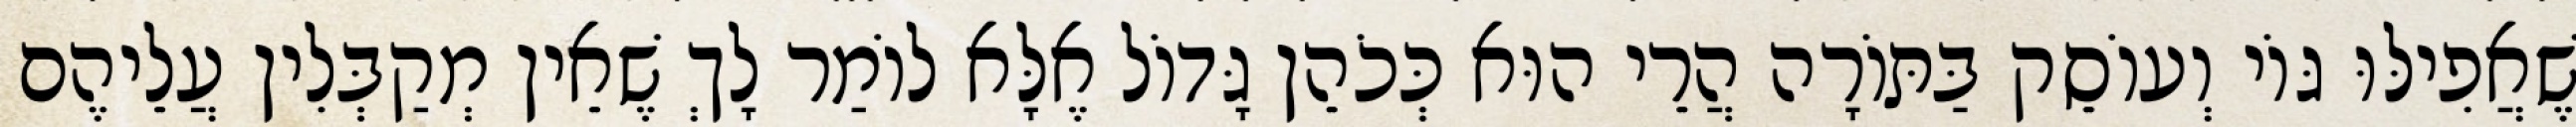
שֶׁאֲפִילּוּ גּוֹי וְעוֹסֵק בַּתּוֹרָה הֲרֵי הוּא כְּכֹהֵן גָּדוֹל אֶלָּא לוֹמַר לָךְ שֶׁאֵין מְקַבְּלִין עֲלֵיהֶם